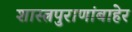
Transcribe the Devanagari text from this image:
शास्त्रपुराणांबाहेर